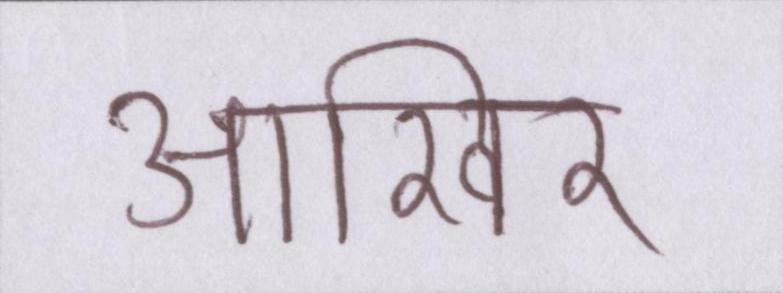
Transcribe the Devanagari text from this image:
आखिर